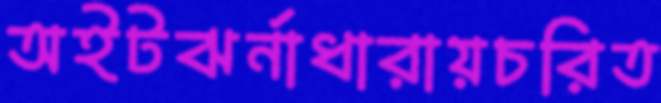
অইটঝর্নাধারায়চরিত